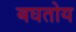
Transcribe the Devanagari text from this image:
बघतोय